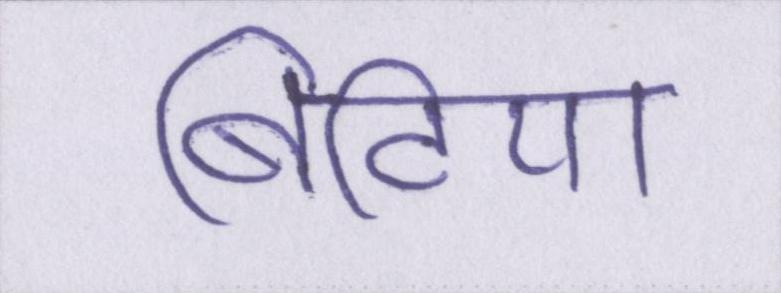
बिटिया